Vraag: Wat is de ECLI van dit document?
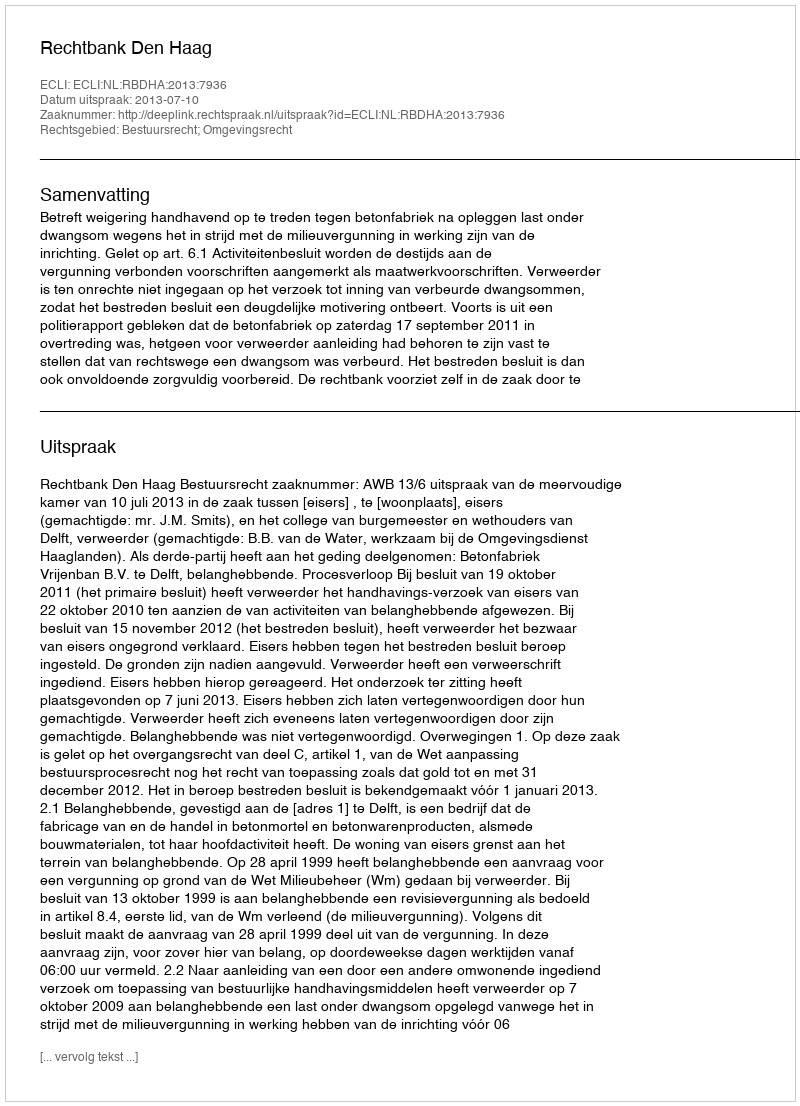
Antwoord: ECLI:NL:RBDHA:2013:7936